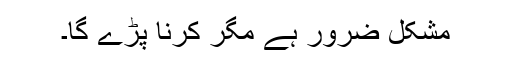
مشکل ضرور ہے مگر کرنا پڑے گا۔